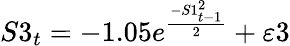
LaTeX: S3_{t}=-1.05e^{\frac{-S1_{t-1}^{2}}{2}}+\varepsilon 3